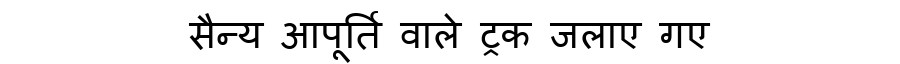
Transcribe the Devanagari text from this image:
सैन्य आपूर्ति वाले ट्रक जलाए गए